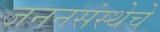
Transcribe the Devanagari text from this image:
जननसंस्थेचे